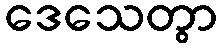
ဒေသေတွာ